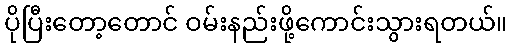
ပိုပြီးတော့တောင် ဝမ်းနည်းဖို့ကောင်းသွားရတယ်။